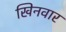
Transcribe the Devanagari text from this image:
खिनवार